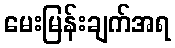
မေးမြန်းချက်အရ